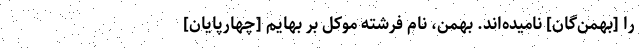
را [بهمن‌گان] نامیده‌اند. بهمن، نام فرشته موکل بر بهایم [چهارپایان]